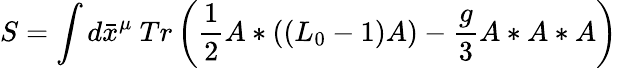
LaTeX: S=\int d\bar{x}^{\mu}~Tr\left(\frac{1}{2}A\ast\left(\left(L_{0}-1\right)A\right)-\frac{g}{3}A\ast A\ast A\right)